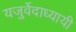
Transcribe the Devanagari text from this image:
यजुर्वेदाध्यायी